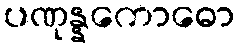
ပဏုန္နကောဓော